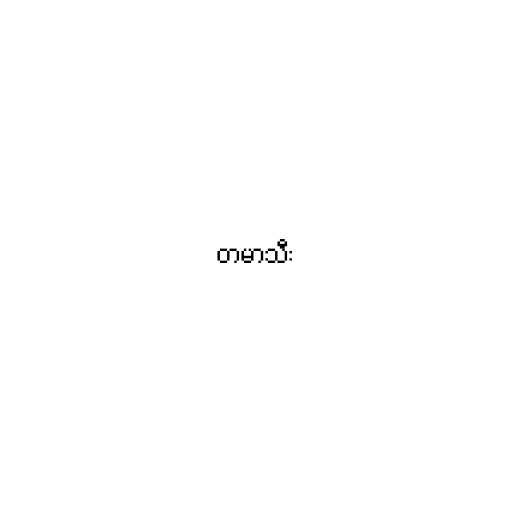
တမာသီး